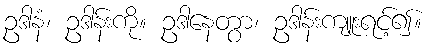
ဥဒါနံ၊ ဥဒါန်းကို။ ဥဒါနေတွာ၊ ဥဒါန်းကျူးရင့်၍။